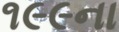
૧૯૯ના